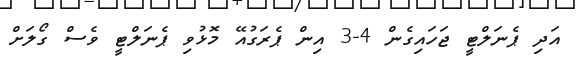
އަދި ޕެނަލްޓީ ޖަހައިގެން 4-3 އިން ޕެރަގުއޭ މޮޅުވި ޕެނަލްޓީ ވެސް ގޯލަށް